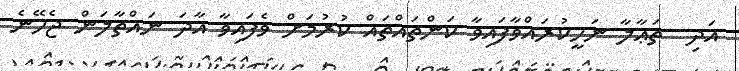
އަދި  ތަޢާލާ ނަހީކުރައްވާފައިވާ ކަންތައްތައް ކުރުމަށް ވެފައިވާ އާދަ ނައްތާލަން ޖެހޭނެ